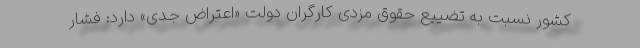
کشور نسبت به تضییع حقوق مزدی کارگران دولت «اعتراض جدی» دارد: فشار